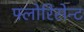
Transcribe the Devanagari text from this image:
फ्लोरिसेन्ट